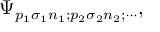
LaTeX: \Psi _ { p _ { 1 } \sigma _ { 1 } n _ { 1 } ; p _ { 2 } \sigma _ { 2 } n _ { 2 } ; \cdots } ,